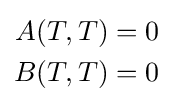
{\begin{aligned}A(T,T)&=0\\B(T,T)&=0\end{aligned}}